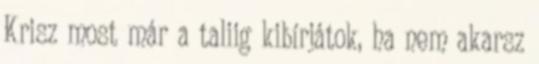
Krisz most már a taliig kibírjátok, ha nem akarsz